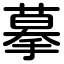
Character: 摹